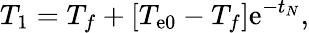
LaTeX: T_{1}=T_{f}+\left[T_{\mathrm{e}0}-T_{f}\right]\mathrm{{\mathrm{e}}}^{-t_{N}},